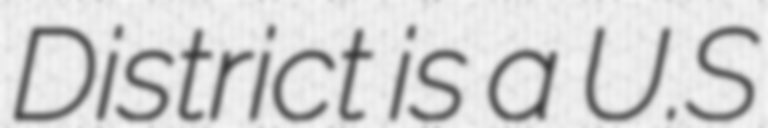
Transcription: District is a U.S